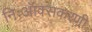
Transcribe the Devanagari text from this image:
निःऑक्सकरणी